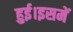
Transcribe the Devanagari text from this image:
हुई।इसमें